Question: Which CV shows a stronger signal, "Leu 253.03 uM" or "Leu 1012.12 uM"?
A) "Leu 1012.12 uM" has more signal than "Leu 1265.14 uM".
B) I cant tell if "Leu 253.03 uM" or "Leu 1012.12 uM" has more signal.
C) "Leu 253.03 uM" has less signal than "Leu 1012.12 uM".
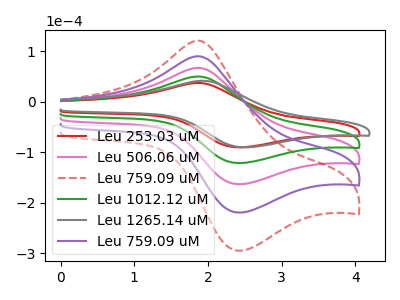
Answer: <think>The red curve "Leu 253.03 uM" has an anodic peak at (1.85V, 36.90uA) and a cathodic peak at (2.40V, -90.35uA). The pink curve "Leu 506.06 uM" has an anodic peak at (1.85V, 99.15uA) and a cathodic peak at (2.40V, -242.85uA). The red dashed curve "Leu 759.09 uM" has an anodic peak at (1.85V, 198.30uA) and a cathodic peak at (2.40V, -485.75uA). The green curve "Leu 1012.12 uM" has an anodic peak at (1.85V, 49.60uA) and a cathodic peak at (2.40V, -121.45uA). The gray curve "Leu 1265.14 uM" has an anodic peak at (1.90V, 41.15uA) and a cathodic peak at (2.50V, -90.35uA). The purple curve "Leu 759.09 uM" has an anodic peak at (1.85V, 148.75uA) and a cathodic peak at (2.40V, -364.30uA).
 All the peaks in "Leu 253.03 uM" have a peak in "Leu 1012.12 uM" at the same potential. Every peak in "Leu 253.03 uM" is lower than every peak in "Leu 1012.12 uM".</think>
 <answer>C) "Leu 253.03 uM" has less signal than "Leu 1012.12 uM".</answer>
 <eval>C</eval>